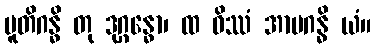
ပူတိဂန္ဓိ တု ဒုဂ္ဂန္ဓော၊ ထ ဝိဿံ အာမဂန္ဓိ ယံ။